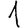
Digit: 1